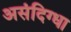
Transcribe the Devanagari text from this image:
असंदिग्धा